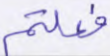
فعلتم